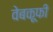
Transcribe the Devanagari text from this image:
वेबकूफी